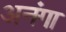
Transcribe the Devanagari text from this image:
अनंगा